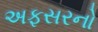
અફસરનો